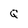
Character: Q